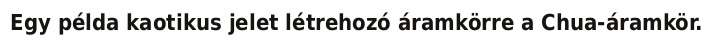
Egy példa kaotikus jelet létrehozó áramkörre a Chua-áramkör.